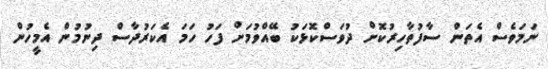
ނަމަވެސް އެތަން ސާފުތާހިރުކޮށް ދުވަސްކޮޅަކު ބޭއްވުމަށް ފަހު ހަމަ އެކަރުދާސް ދިނުމުން އެމީހުން